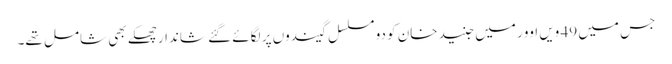
جس میں 49 ویں اوور میں جنید خان کو دو مسلسل گیندوں پر لگائے گئے شاندار چھکے بھی شامل تھے۔